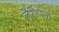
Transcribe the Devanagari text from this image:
लैरीपेज